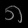
Digit: ၈